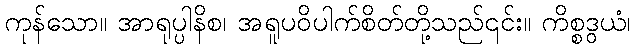
ကုန်သော။ အာရုပ္ပါနိစ၊ အရူပဝိပါက်စိတ်တို့သည်၎င်း။ ကိစ္စဒွယံ၊